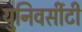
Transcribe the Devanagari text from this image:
युनिवर्सीटी